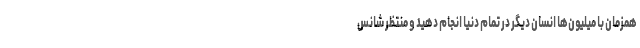
همزمان با میلیون‌ها انسان دیگر در تمام دنیا انجام دهید و منتظر شانس